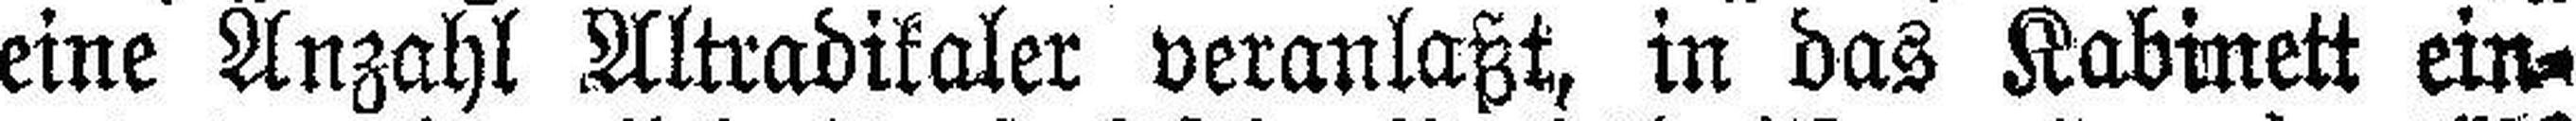
eine Anzahl Altradikaler veranlaßt, in das Kabinett ein¬